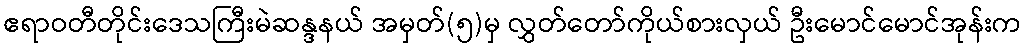
ဧရာဝတီတိုင်းဒေသကြီးမဲဆန္ဒနယ် အမှတ်(၅)မှ လွှတ်တော်ကိုယ်စားလှယ် ဦးမောင်မောင်အုန်းက